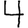
Digit: 4